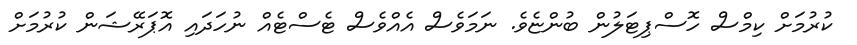
ކުރުމަށް ކިމްސް ހޮސްޕިޓަލުން ބުންޏެވެ. ނަމަވެސް އެއްވެސް ޓެސްޓެއް ނުހަދައި އޮޕަރޭޝަން ކުރުމަށް